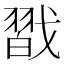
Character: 㦻